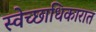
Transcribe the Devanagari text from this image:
स्वेच्छाधिकारात